Indian Medical Review
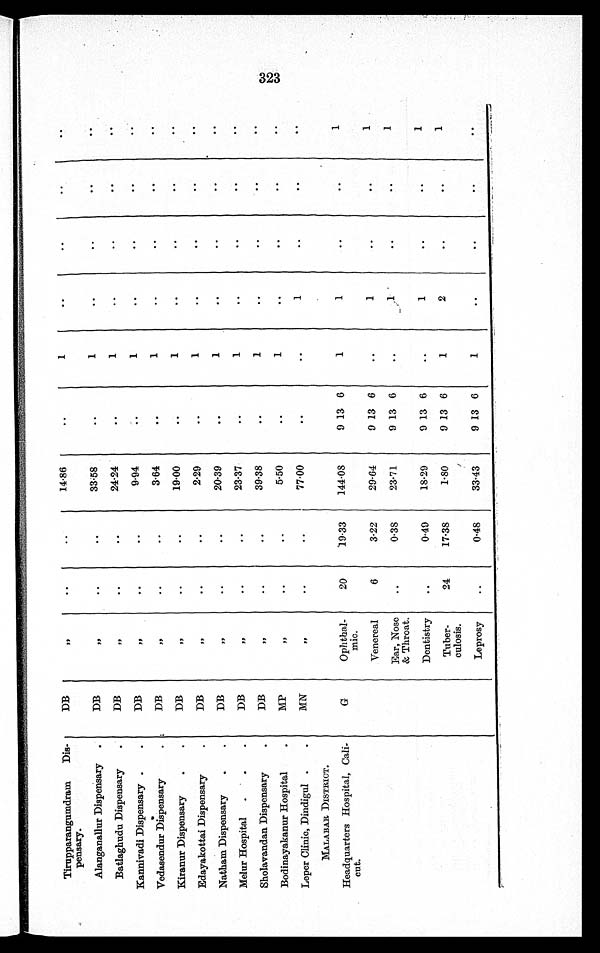
Tirupparangumdram Dis-
pensary.
DB
„
. .
..
1 4 · 8 6
..
1
..
..
. .
..
Alanganallur Dispensary
DB
„
. .
. . 33·58
..
1
..
. .
. .
. .
Batlaghudu Dispensary
DB
„
..
..
24·24
..
1
..
. .
. .
. .
Kannivadi Dispensary
DB
„
. .
. . 9·94
. .
1
. .
..
..
..
Vedasendur Dispensary
DB
,,
..
..
3·64
..
1
..
..
. .
. .
Kiranur Dispensary
DB
„
. .
. . 19·00
. .
1
..
. .
. .
. .
Edayakottai Dispensary
DB
„
. .
. . 2·29
..
1
. .
. .
. .
. .
Natham Dispensary
DB
„
. .
. . 20·39
..
1
. .
. .
. .
. .
Melur Hospital
DB
„
. .
. . 23·37
..
1
..
..
. .
. .
Sholavandan Dispensary
DB
„
. .
..
39·38
..
1
. .
..
. .
. .
Bodinayakanur Hospital
MP
„
. .
. . 5·50
..
1
..
..
. .
. .
Leper Clinic, Dindigul
MN
„
. .
..
77·00
..
..
1
..
. .
. .
MALABAR DISTRICT.
Headquarters Hospital, Cali-
cut.
G
Ophthal-
mic.
20
19·33
144·08
9 13 6
1
1
..
. .
1
Venereal
6
3·22
29·64
9 13 6
..
1
. .
. .
1
Ear, Nos
& Throat.
..
0 · 3 8 23·71
9 13 6
..
.
. .
. .
1
Dentistry
..
0 · 4 9 18·29
9 13 6
..
1
..
. .
1
Tuber-
culosis.
24
17·38
1·80
9 13 6
1
2
..
. .
1
Leprosy
..
0·48
33·43
9 13 6
1
..
. .
. .
. .